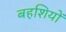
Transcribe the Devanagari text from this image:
बहशियों